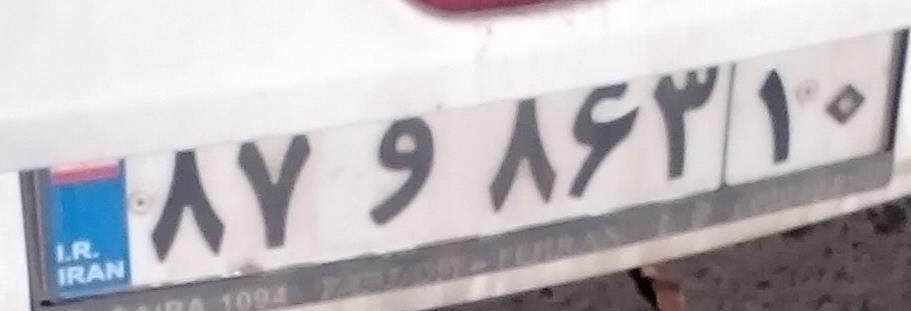
۸۷و۸۶۳۱۰